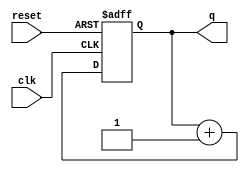
module counter #(parameter N = 8)
                (input              clk,
                 input              reset,
                 output reg [N-1:0] q);

  always @(posedge clk or posedge reset)
    if (reset) q <= 0;
    else q <= q + 1;
endmodule